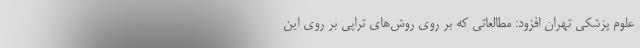
علوم پزشکی تهران افزود: مطالعاتی که بر روی روش‌های تراپی بر روی این